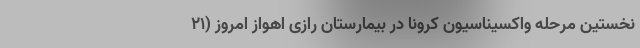
نخستین مرحله واکسیناسیون کرونا در بیمارستان رازی اهواز امروز (۲۱